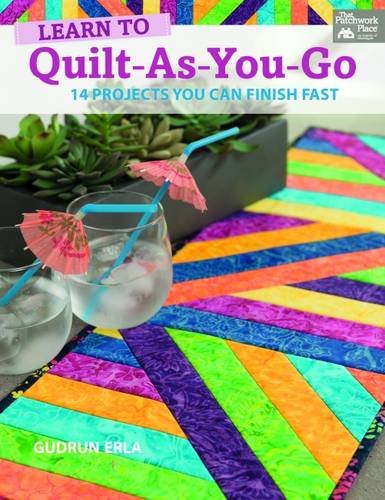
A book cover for Learn to Quilt-as-you-go: 14 Projects You Can Finish Fast; Gudrun Erla; Crafts, Hobbies & Home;